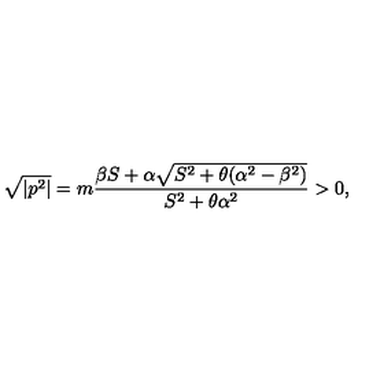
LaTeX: \sqrt { | p ^ { 2 } | } = m \frac { \beta S + \alpha \sqrt { S ^ { 2 } + \theta ( \alpha ^ { 2 } - \beta ^ { 2 } ) } } { S ^ { 2 } + \theta \alpha ^ { 2 } } > 0 ,